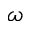
\omega